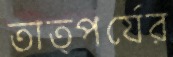
তাত্পর্যের